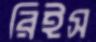
রিইস